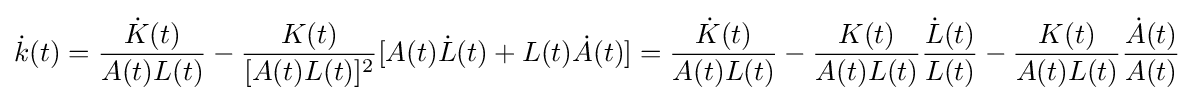
{\dot {k}}(t)={\frac {{\dot {K}}(t)}{A(t)L(t)}}-{\frac {K(t)}{[A(t)L(t)]^{2}}}[A(t){\dot {L}}(t)+L(t){\dot {A}}(t)]={\frac {{\dot {K}}(t)}{A(t)L(t)}}-{\frac {K(t)}{A(t)L(t)}}{\frac {{\dot {L}}(t)}{L(t)}}-{\frac {K(t)}{A(t)L(t)}}{\frac {{\dot {A}}(t)}{A(t)}}